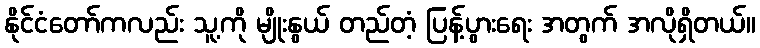
နိုင်ငံတော်ကလည်း သူ့ကို မျိုးနွယ် တည်တံ့ ပြန့်ပွားရေး အတွက် အလိုရှိတယ်။